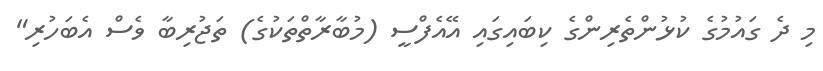
މި ދެ ގައުމުގެ ކުޅުންތެރިންގެ ކިބައިގައި އޭއެފްސީ (މުބާރާތްތަކުގެ) ތަޖުރިބާ ވެސް އެބަހުރި"